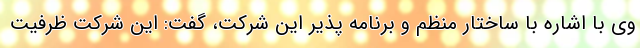
وی با اشاره با ساختار منظم و برنامه پذیر این شرکت، گفت: این شرکت ظرفیت